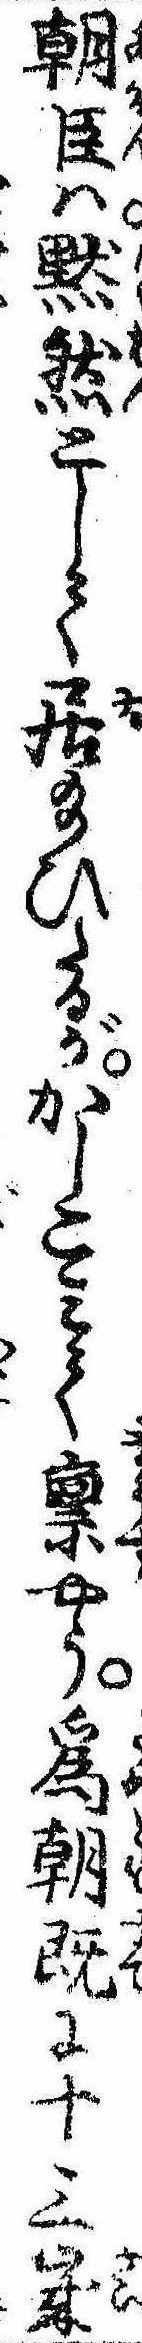
朝臣は黙然として居給ひたるがかしこみて禀やう為朝既に十三歳